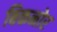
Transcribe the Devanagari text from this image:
बिकनोर